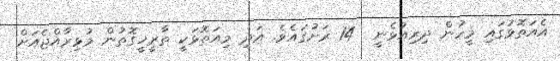
އެއަތޮޅުގައި މީހުން ދިރިއުޅެނީ  14 ރަށުގައެވެ. އަދި މިއަތޮޅަކީ ތާރީޚީގޮތުން މުޅިރާއްޖެއަށް